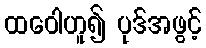
ထဝေါဟူ၍ ပုဒ်အဖွင့်